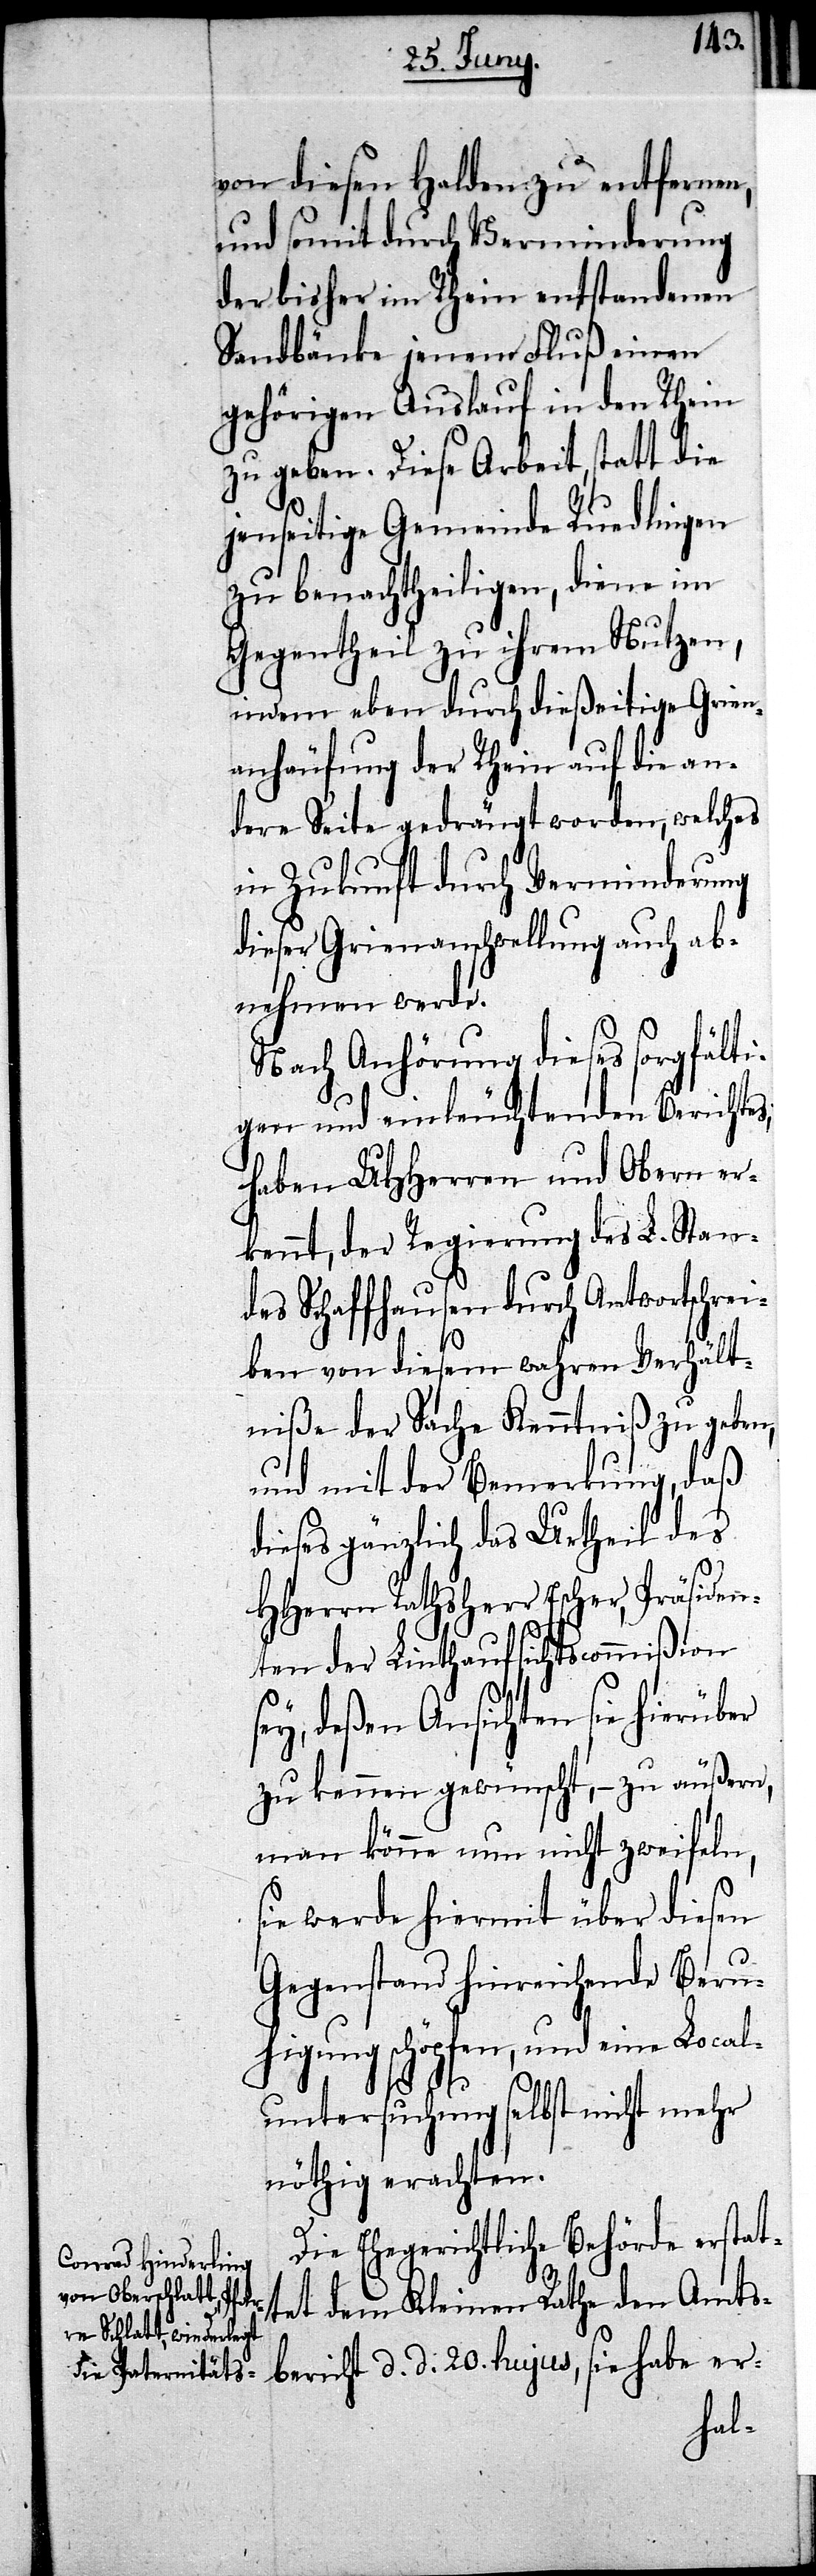
von diesen Halden zu entfernen,
und somit durch Verminderung
der bisher im Rhein entstandenen
Sandbänke jenem Fluß einen
gehörigen Auslauf in den Rhein
zu geben. Diese Arbeit, statt die
jenseitige Gemeinde Ruedlingen
zu benachtheiligen, diene im
Gegentheil zu ihrem Nutzen,
indem eben durch dießeitige Grien¬
anhäufung der Rhein auf die an¬
dere Seite gedrängt worden, welches
in Zukunft durch Verminderung
dieser Grienanschwellung auch ab¬
nehmen werde.
Nach Anhörung dieses sorgfälti¬
gen und einleuchtenden Berichtes,
haben UHHerren und Obern er¬
kennt, der Regierung des L. Stan¬
des Schaffhausen durch Antwortschrei¬
ben von diesem wahren Verhält¬
niße der Sache Kenntniß zu geben,
und mit der Bemerkung, daß
dieses gänzlich das Urtheil des
HHerrn Rathsherr Escher, Präsiden¬
ten der Linthaufsichtscommißion
sey, deßen Ansichten sie hierüber
zu kennen gewünscht, – zu äußern,
man könne nun nicht zweifeln,
sie werde hiermit über diesen
Gegenstand hinreichende Beru¬
higung schöpfen, und eine Local¬
untersuchung selbst nicht mehr
nöthig erachten.
Die Ehegerichtliche Behörde erstat¬
tet dem Kleinen Rathe den Amts¬
bericht d. d. 20. hujus, sie habe er-